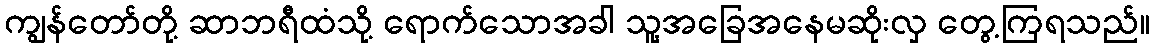
ကျွန်တော်တို့ ဆာဘရီထံသို့ ရောက်သောအခါ သူ့အခြေအနေမဆိုးလှ တွေ့ကြရသည်။